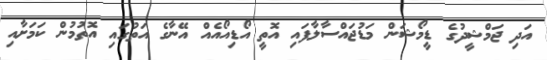
އަދި ޖަމްޝީދުގެ ޑީމޯޝަން މަޑުޖައްސާލާފައި އޮތީ އޯޑިއޯއެއް އޭނާގެ އަތުގައި އޮތުމުން ކަމަށާއި